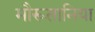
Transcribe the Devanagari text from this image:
मौरूतानिया